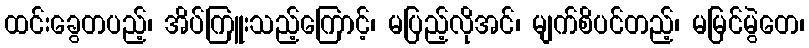
ထင်းခွေတပည့်၊ အိပ်ကြူးသည့်ကြောင့်၊ မပြည့်လိုအင်၊ မျက်စိပင်တည့်၊ မမြင်မွဲတေ၊